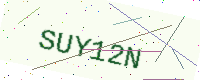
Text: SUY12N